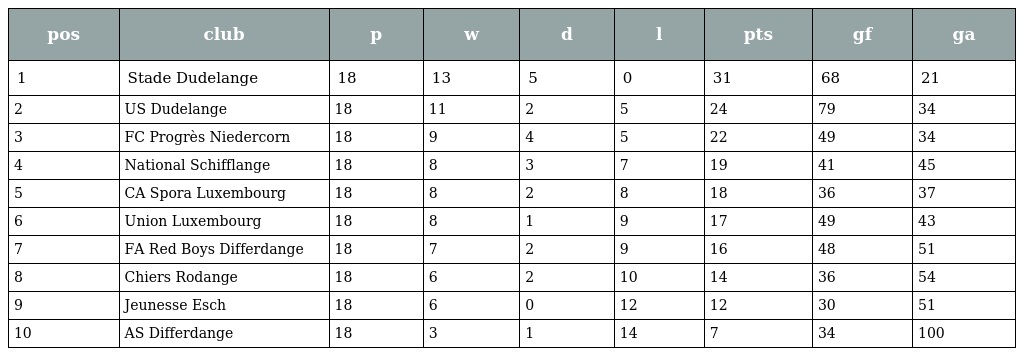
| pos | club | p | w | d | l | pts | gf | ga |
 | --- | --- | --- | --- | --- | --- | --- | --- | --- |
 | 1 | Stade Dudelange | 18 | 13 | 5 | 0 | 31 | 68 | 21 |
 | 2 | US Dudelange | 18 | 11 | 2 | 5 | 24 | 79 | 34 |
 | 3 | FC Progrès Niedercorn | 18 | 9 | 4 | 5 | 22 | 49 | 34 |
 | 4 | National Schifflange | 18 | 8 | 3 | 7 | 19 | 41 | 45 |
 | 5 | CA Spora Luxembourg | 18 | 8 | 2 | 8 | 18 | 36 | 37 |
 | 6 | Union Luxembourg | 18 | 8 | 1 | 9 | 17 | 49 | 43 |
 | 7 | FA Red Boys Differdange | 18 | 7 | 2 | 9 | 16 | 48 | 51 |
 | 8 | Chiers Rodange | 18 | 6 | 2 | 10 | 14 | 36 | 54 |
 | 9 | Jeunesse Esch | 18 | 6 | 0 | 12 | 12 | 30 | 51 |
 | 10 | AS Differdange | 18 | 3 | 1 | 14 | 7 | 34 | 100 |